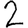
Digit: 2